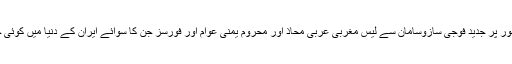
یمن جنگ کا فطری تقاضا تو یہ تھا کہ وسیع پیمانے پر وسائل خاص طور پر جدید فوجی سازوسامان سے لیس مغربی عربی محاذ اور محروم یمنی عوام اور فورسز جن کا سوائے ایران کے دنیا میں کوئی حامی نہیں ہے کے درمیان ٹکراو میں پانچویں سال کی نوبت ہی نہ آتی۔